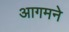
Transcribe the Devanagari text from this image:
आगमने